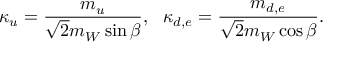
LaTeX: \kappa _ { u } = \frac { m _ { u } } { \sqrt { 2 } m _ { W } \sin \beta } , ~ ~ \kappa _ { d , e } = \frac { m _ { d , e } } { \sqrt { 2 } m _ { W } \cos \beta } .